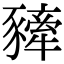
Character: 𧲀